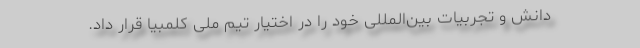
دانش و تجربیات بین‌المللی خود را در اختیار تیم ملی کلمبیا قرار داد.